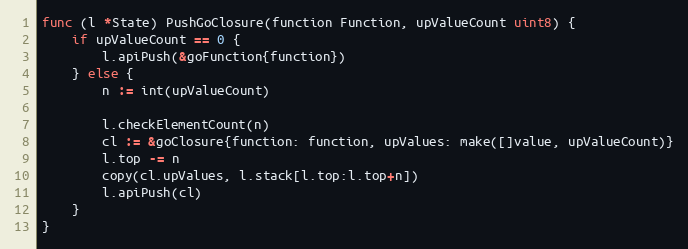
Language: Go
func (l *State) PushGoClosure(function Function, upValueCount uint8) {
	if upValueCount == 0 {
		l.apiPush(&goFunction{function})
	} else {
		n := int(upValueCount)

		l.checkElementCount(n)
		cl := &goClosure{function: function, upValues: make([]value, upValueCount)}
		l.top -= n
		copy(cl.upValues, l.stack[l.top:l.top+n])
		l.apiPush(cl)
	}
}